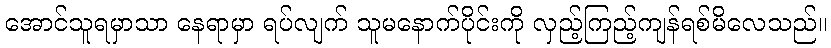
အောင်သူရမှာသာ နေရာမှာ ရပ်လျက် သူမနောက်ပိုင်းကို လှည့်ကြည့်ကျန်ရစ်မိလေသည်။